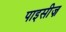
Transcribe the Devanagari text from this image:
पाइसीज़